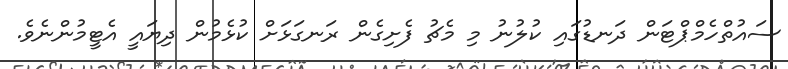
ސައުތްހެމްޕްޓަން ދަނޑުގައި ކުލުނު މި މެޗު ފެށިގެން ރަނގަޅަށް ކުޅެމުން ދިޔައީ އެޓީމުންނެވެ.